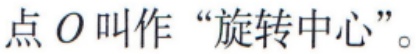
点\(O\)叫作“旋转中心”。